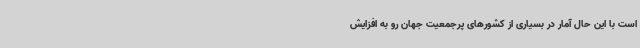
است با این حال آمار در بسیاری از کشورهای پرجمعیت جهان رو به افزایش